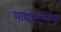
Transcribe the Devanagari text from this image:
याद्यांमधल्या